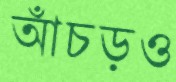
আঁচড়ও